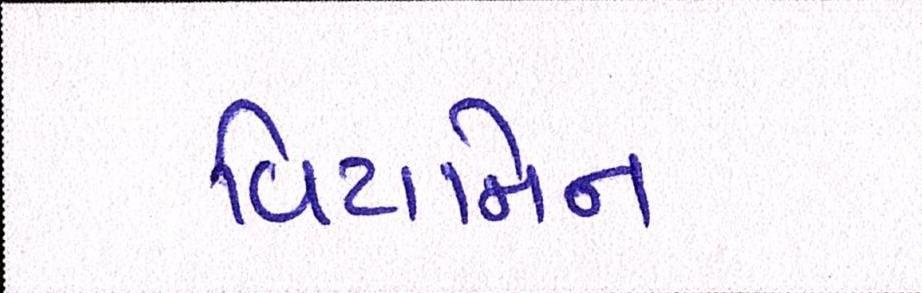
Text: વિટામિન